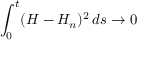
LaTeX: \int _ { 0 } ^ { t } ( H - H _ { n } ) ^ { 2 } \, d s \to 0